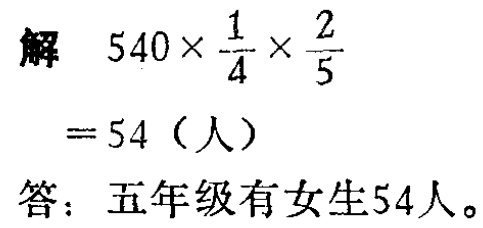
解

\[

\begin{align*}

&540\times\frac{1}{4}\times\frac{2}{5}\\

=&54 \text{（人）}

\end{align*}

\]

答：五年级有女生54人。